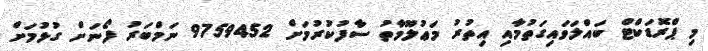
މި ޕްރޮޑަކްޓް ބައްލަވައިގަތުމާއި އިތުރު މަޢުލޫމާތު ސާފުކުރުމަށް 9759452 ނަމްބަރު ފޯނަށް ގުޅުމަށް